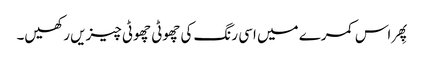
پِھر اس کمرے میں اسی رنگ کی چھوٹی چھوٹی چیزیں رکھیں۔